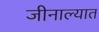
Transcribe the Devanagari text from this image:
जीनाल्यात